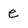
Character: e